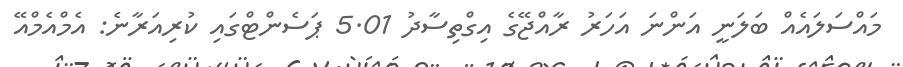
މައްސަލައެއް ބަލަނީ އަންނަ އަހަރު ރާއްޖޭގެ އިގްތިސާދު 5.01 ޕަސެންޓްގައި ކުރިއަރާނެ: އެމްއެމްއޭ